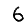
Digit: 6